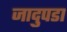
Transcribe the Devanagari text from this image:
जादुपडा